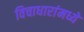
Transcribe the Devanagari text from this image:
विचाधारांमध्ये